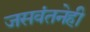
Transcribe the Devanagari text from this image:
जसवंतनेही